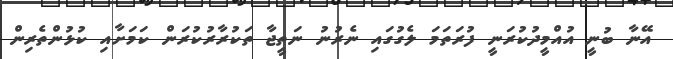
އޭނާ ބުނީ އުއްމީދުކުރަނީ ފުރަތަމަ ލެގުގައި ނެރުނު ނަތީޖާ ތަކުރާރުކުރަން ކަމަށާއި ކުޅުންތެރިން